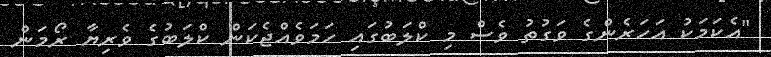
"އެކަމަކު އަހަރެންގެ ވަގުތު ވެސް މި ކްލަބުގައި ހަމަވެއްޖެކަން ކްލަބުގެ ވެރިޔާ ރޯމަން